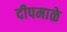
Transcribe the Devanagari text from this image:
दीपमाळे